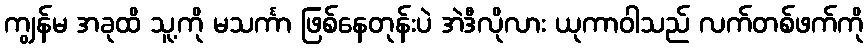
ကျွန်မ အခုထိ သူ့ကို မသင်္ကာ ဖြစ်နေတုန်းပဲ အဲဒီလိုလား ယုကာဝါသည် လက်တစ်ဖက်ကို